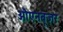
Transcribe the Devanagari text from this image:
औएनबूज़र